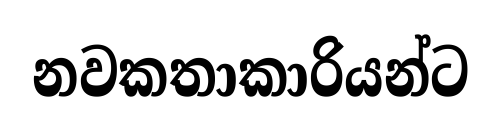
නවකතාකාරියන්ට